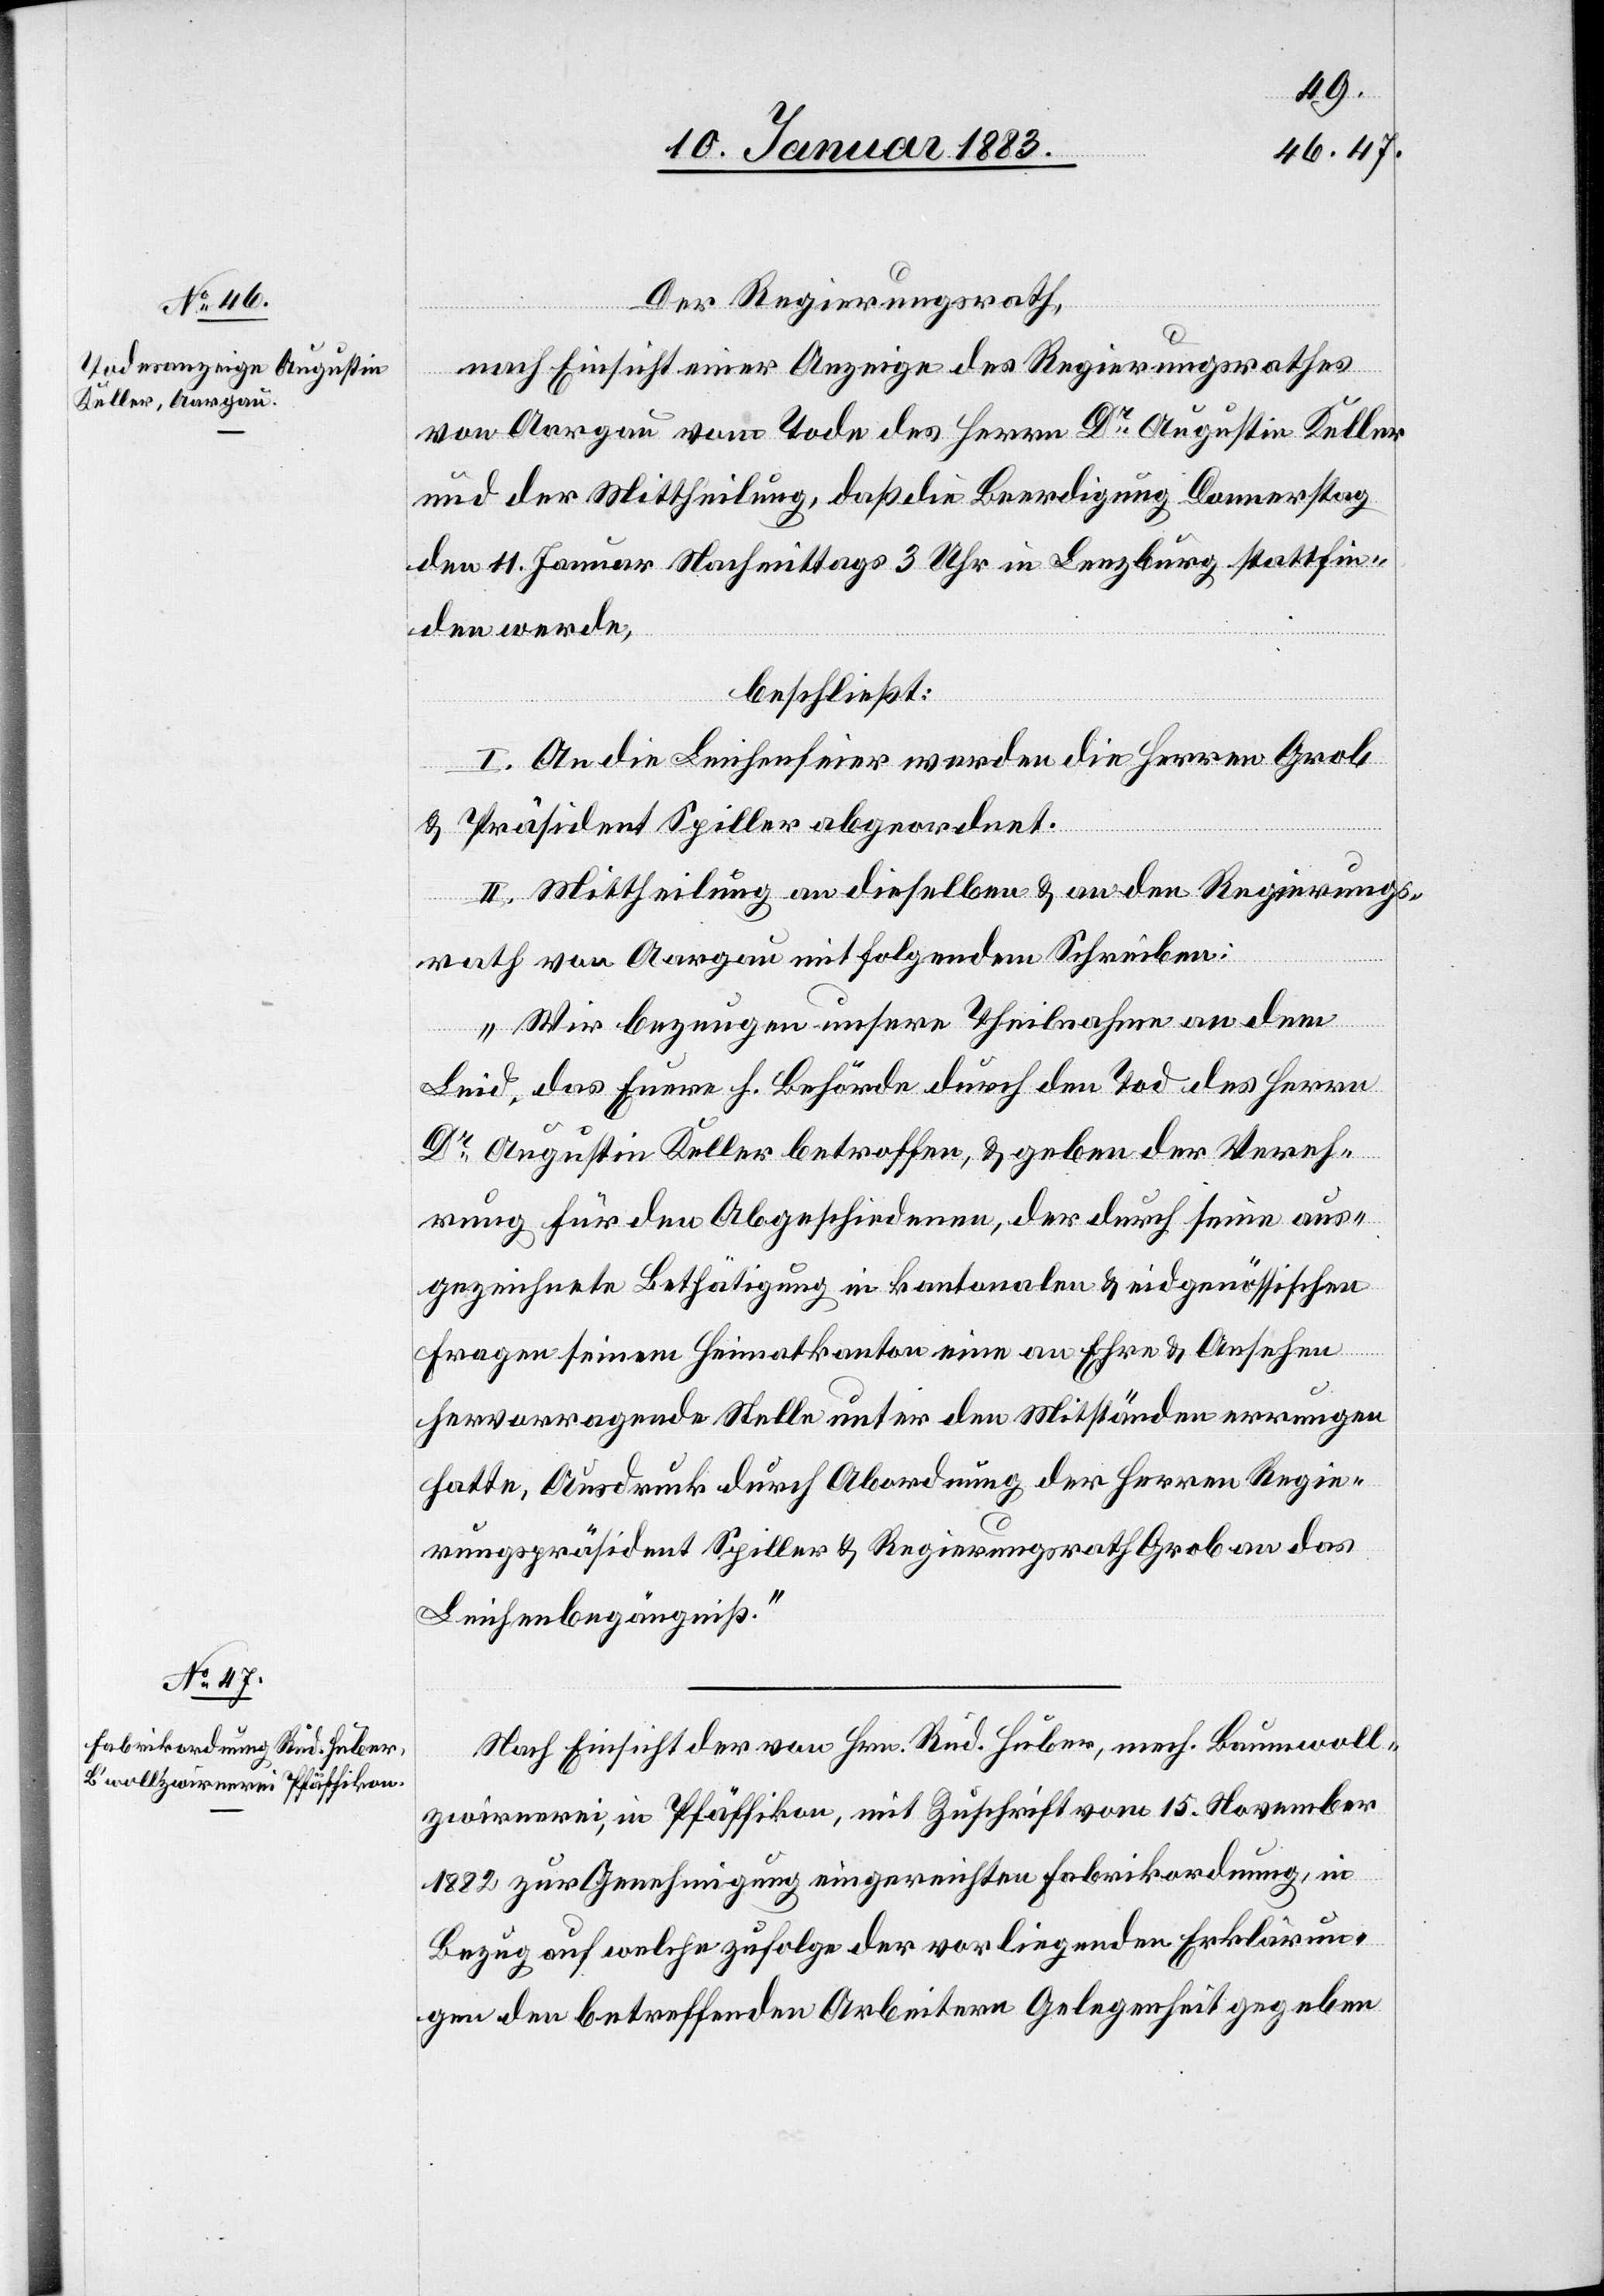
Der Regierungsrath,
nach Einsicht einer Anzeige des Regierungsrathes
von Aargau vom Tode des Herrn Dr Augustin Keller
und der Mittheilung, daß die Beerdigung Donnerstag
den 11. Januar Nachmittags 3 Uhr in Lenzburg stattfin¬
den werde,
beschließt:
I. An die Leichenfeier werden die Herren Grob
& Präsident Spiller abgeordnet.
II. Mittheilung an dieselben & an den Regierungs¬
rath von Aargau mit folgendem Schreiben:
„Wir bezeugen unsere Theilnahme an dem
Leid, das Euere Behörde durch den Tod des Herrn
Dr Augustin Keller betroffen, & geben der Vereh¬
rung für den Abgeschiedenen, der durch seine aus¬
gezeichnete Bethätigung in kantonalen & eidgenössischen
Fragen seinem Heimatkanton eine an Ehre & Ansehen
hervorragende Stelle unter den Mitständen errungen
hatte, Ausdruck durch Abordnung der Herren Regie¬
rungspräsident Spiller & Regierungsrath Grob an das
Leichenbegängniß.“
Nach Einsicht der von Hrn. Rud. Huber, mech. Baumwoll¬
zwirnerei, in Pfäffikon, mit Zuschrift vom 15. November
1882 zur Genehmigung eingereichten Fabrikordnung, in
Bezug auf welche zufolge der vorliegenden Erklärun¬
gen den betreffenden Arbeitern Gelegenheit gegeben